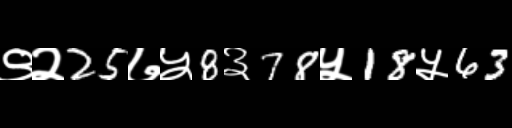
Text: ९२25७५8३78५18५63